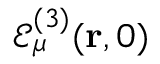
\mathcal { E } _ { \mu } ^ { ( 3 ) } ( \mathbf { r } , 0 )